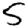
Digit: 5